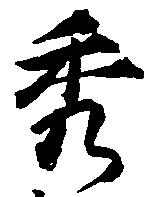
秀